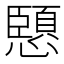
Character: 𭟏